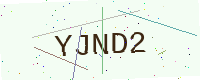
Text: YJND2